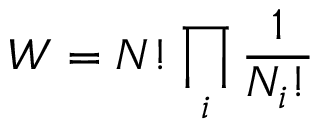
W = N ! \prod _ { i } { \frac { 1 } { N _ { i } ! } }